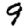
Digit: 9